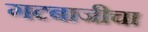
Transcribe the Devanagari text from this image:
गटबाजीचा